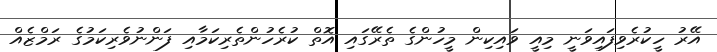
އޭރު ހީކުރެވިފައިވަނީ މިއީ ވައިކިން މީހުންގެ ތެރޭގައި އޮތް ކުރެހުންތެރިކަމާއި ފަންނުވެރިކަމުގެ ރަމްޒެއް